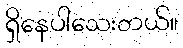
ရှိနေပါသေးတယ်။